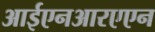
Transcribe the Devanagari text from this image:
आईएनआरएएन